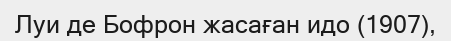
Луи де Бофрон жасаған идо (1907),